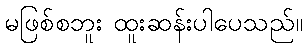
မဖြစ်စဘူး ထူးဆန်းပါပေသည်။